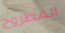
المطروح